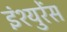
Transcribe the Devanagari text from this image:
इंश्युरेंस